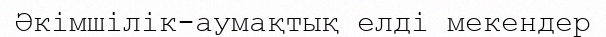
Әкімшілік-аумақтық елді мекендер